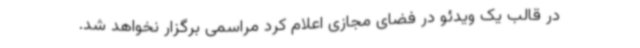
در قالب یک ویدئو در فضای مجازی اعلام کرد مراسمی برگزار نخواهد شد.